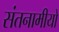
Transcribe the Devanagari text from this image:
संतनामीयो